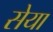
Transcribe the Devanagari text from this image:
सेया